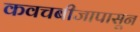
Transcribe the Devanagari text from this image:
कवचबीजापासून